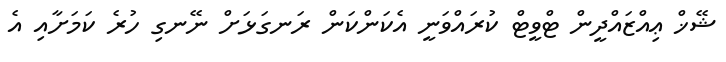
ޝޭޚް ޢިއްޒައްދީން ޓްވީޓް ކުރައްވަނީ އެކަންކަން ރަނގަޅަށް ނޭނގި ހުރެ ކަމަށާއި އެ